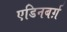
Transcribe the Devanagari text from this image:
एडिनबर्ग़